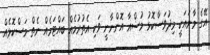
އޭގެ މާނައަކީ މިދުވަސްކޮޅު މުޟްޣާ އޮންނާނީ ވަކި އެތުރުމެއް ބައްޓަމެއް ނެތް މަސްކޮޅެއް